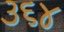
૩૬૪